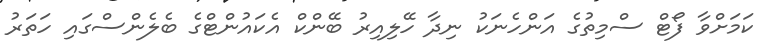
ކަމަށްވާ ފޯޓް ސްމިތުގެ އަންހެނަކު ނިދާ ހޭލިއިރު ބޭންކް އެކައުންޓްގެ ބެލެންސްގައި ހަތަރު